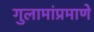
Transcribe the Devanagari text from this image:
गुलामांप्रमाणे